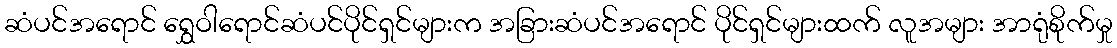
ဆံပင်အရောင် ရွှေဝါရောင်ဆံပင်ပိုင်ရှင်များက အခြားဆံပင်အရောင် ပိုင်ရှင်များထက် လူအများ အာရုံစိုက်မှု